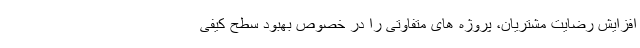
افزایش رضایت مشتریان، پروژه های متفاوتی را در خصوص بهبود سطح کیفی